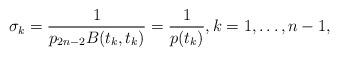
LaTeX: \begin{align*}{\sigma_k}=\frac{1}{p_{2n-2}B(t_k,t_k)} = \frac{1}{p(t_k)},k=1,\dots, n-1,\end{align*}